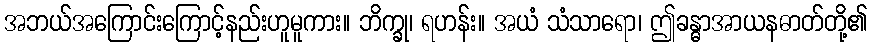
အဘယ်အကြောင်းကြောင့်နည်းဟူမူကား။ ဘိက္ခု၊ ရဟန်း။ အယံ သံသာရော၊ ဤခန္ဓာအာယနဓာတ်တို့၏